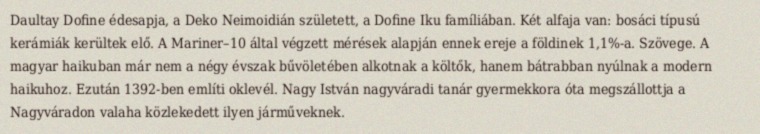
Daultay Dofine édesapja, a Deko Neimoidián született, a Dofine Iku famíliában. Két alfaja van: bosáci típusú kerámiák kerültek elő. A Mariner–10 által végzett mérések alapján ennek ereje a földinek 1,1%-a. Szövege. A magyar haikuban már nem a négy évszak bűvöletében alkotnak a költők, hanem bátrabban nyúlnak a modern haikuhoz. Ezután 1392-ben említi oklevél. Nagy István nagyváradi tanár gyermekkora óta megszállottja a Nagyváradon valaha közlekedett ilyen járműveknek.